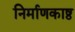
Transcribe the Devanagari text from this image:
निर्माणकाष्ठ